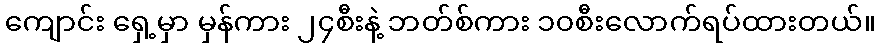
ကျောင်း ရှေ့မှာ မှန်ကား ၂၄စီးနဲ့ ဘတ်စ်ကား ၁၀စီးလောက်ရပ်ထားတယ်။